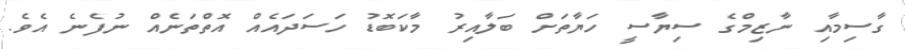
ގާސިމާއި ނާޒިމްގެ ސިޔާސީ ހަޔާތަށް ބަލާއިރު މާކަބޮޑު ހަސަދައެއް އޮތްތަނެއް ނުފެނެ އެވެ.